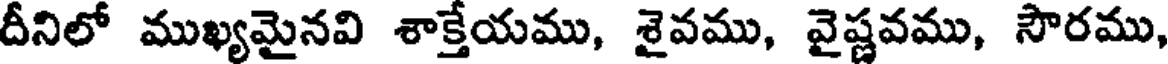
దీనిలో ముఖ్యమైనవి శాక్తేయము, శైవము, వైష్ణవము, సౌరము,